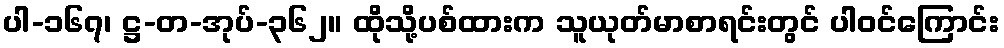
ပါ-၁၆၇၊ ဋ္ဌ-တ-အုပ်-၃၆၂။ ထိုသို့ပစ်ထားက သူယုတ်မာစာရင်းတွင် ပါဝင်ကြောင်း